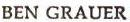
BEN GRAUER